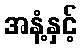
အနံ့နှင့်